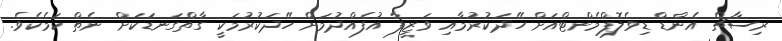
ރިސާޗް އެންޑް ޑިވެލޮޕްމެންޓްއަށް ހޭދަކުރުމާއި ވަޒީފާ އުފެއްދުމަށް ހޭދަކުރުމަކީ ގާތްގަނޑަކަށް ނެތް ކަމެކެވެ.